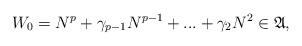
LaTeX: \begin{align*}W_0= N^{p}+\gamma_{p-1} N^{p-1} +...+\gamma_2 N^2\in \mathfrak{A},\end{align*}